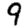
Digit: 9